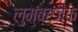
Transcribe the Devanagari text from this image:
लुम्बरजैक